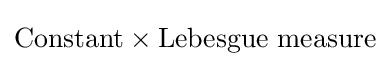
{\text{Constant}}\times {\text{Lebesgue measure}}